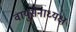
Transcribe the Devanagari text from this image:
वायुसेनाध्यक्ष